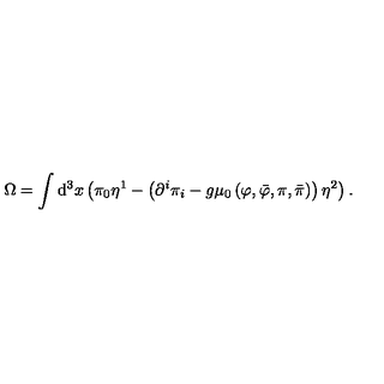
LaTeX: \Omega = \int \mathrm { d } ^ { 3 } x \left( \pi _ { 0 } \eta ^ { 1 } - \left( \partial ^ { i } \pi _ { i } - g \mu _ { 0 } \left( \varphi , \bar { \varphi } , \pi , \bar { \pi } \right) \right) \eta ^ { 2 } \right) .